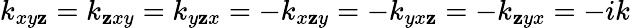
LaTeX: k_{xy\mathbf{z}}=k_{\mathbf{z}xy}=k_{y\mathbf{z}x}=-k_{x\mathbf{z}y}=-k_{yx\mathbf{z}}=-k_{\mathbf{z}yx}=-ik